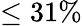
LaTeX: \leq 31\%